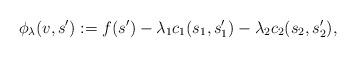
LaTeX: \begin{align*}\begin{aligned}\phi_\lambda(v, s^{\prime}) & := f(s^{\prime})-\lambda_1 c_1 (s_1, s_1^{\prime})-\lambda_2 c_2(s_2, s_2^{\prime}),\end{aligned}\end{align*}